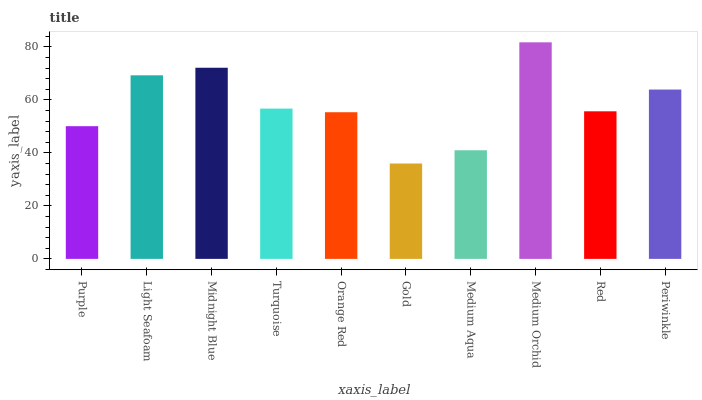
| xaxis_label | bars |
 | --- | --- |
 | Purple | 50.1 |
 | Light Seafoam | 69.3 |
 | Midnight Blue | 72.2 |
 | Turquoise | 56.7 |
 | Orange Red | 55.4 |
 | Gold | 36 |
 | Medium Aqua | 41 |
 | Medium Orchid | 81.8 |
 | Red | 55.7 |
 | Periwinkle | 63.9 |